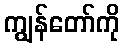
ကျွန်တော်ကို